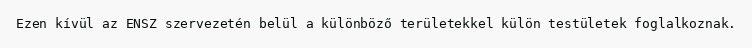
Ezen kívül az ENSZ szervezetén belül a különböző területekkel külön testületek foglalkoznak.